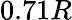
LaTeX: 0.71R